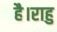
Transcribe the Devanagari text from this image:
है।राहु